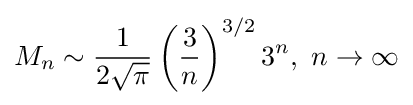
M_{n}\sim {\frac {1}{2{\sqrt {\pi }}}}\left({\frac {3}{n}}\right)^{3/2}3^{n},~n\to \infty